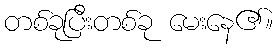
တစ်ခုပြီးတစ်ခု မေးနေ၏။